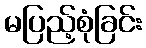
မပြည့်စုံခြင်း